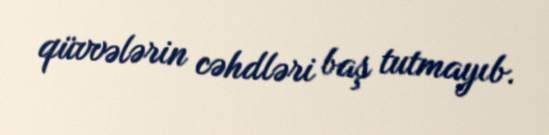
qüvvələrin cəhdləri baş tutmayıb.